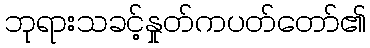
ဘုရားသခင့်နှုတ်ကပတ်တော်၏